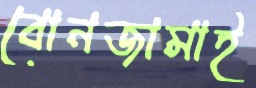
বোনজামাই